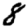
Digit: 8